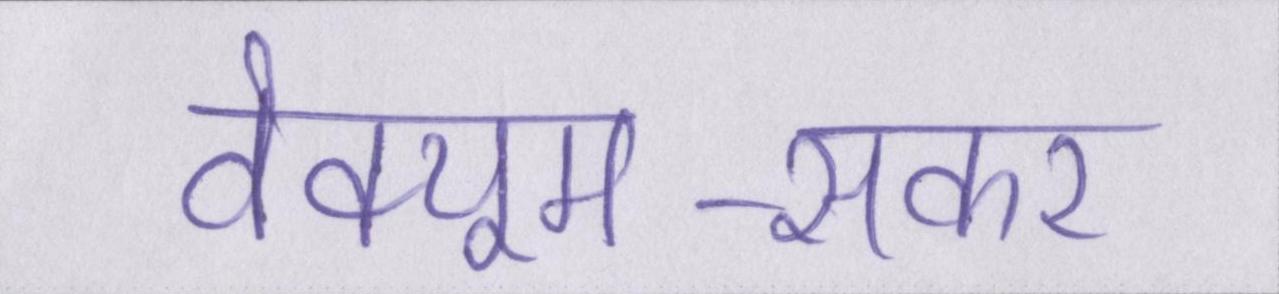
वेक्यूम-सकर